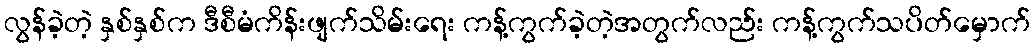
လွန်ခဲ့တဲ့ နှစ်နှစ်က ဒီစီမံကိန်းဖျက်သိမ်းရေး ကန့်ကွက်ခဲ့တဲ့အတွက်လည်း ကန့်ကွက်သပိတ်မှောက်